Indian journal of veterinary science and animal husbandry - Volume 2,
Year: 1932
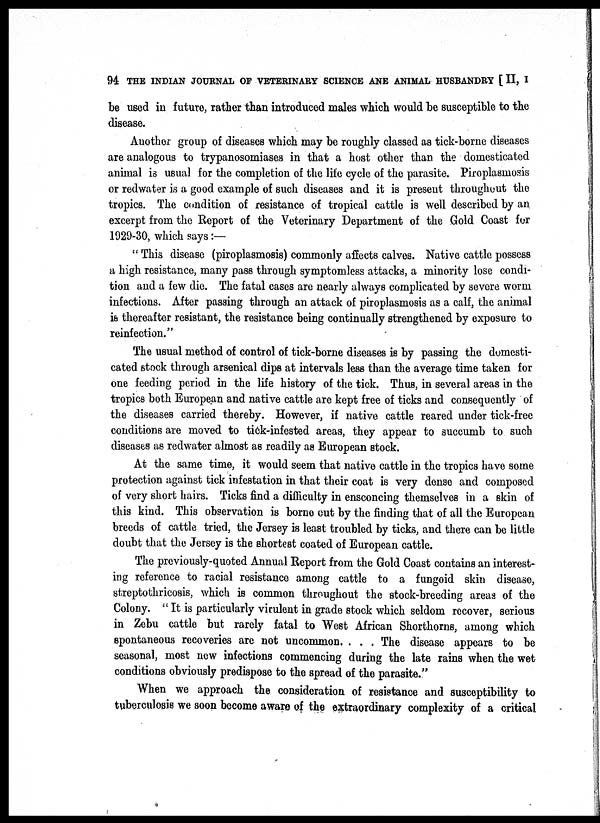
94 THE INDIAN JOURNAL OF VETERINARY SCIENCE ANE ANIMAL HUSBANDRY [ II, I
be used in future, rather than introduced males which would be susceptible to the
disease.
Another group of diseases which may be roughly classed as tick-borne diseases
are analogous to trypanosomiases in that a host other than the domesticated
animal is usual for the completion of the life cycle of the parasite. Piroplasmosis
or redwater is a good example of such diseases and it is present throughout the
tropics. The condition of resistance of tropical cattle is well described by an
excerpt from the Report of the Veterinary Department of the Gold Coast for
1929-30, which says :—
" This disease (Piroplasmosis) commonly affects calves. Native cattle possess
a high resistance, many pass through symptomless attacks, a minority lose condi-
tion and a few die. The fatal cases are nearly always complicated by severe worm
infections. After passing through an attack of Piroplasmosis as a calf, the animal
is thereafter resistant, the resistance being continually strengthened by exposure to
reinfection."
The usual method of control of tick-borne diseases is by passing the domesti-
cated stock through arsenical dips at intervals less than the average time taken for
one feeding period in the life history of the tick. Thus, in several areas in the
tropics both European and native cattle are kept free of ticks and consequently of
the diseases carried thereby. However, if native cattle reared under tick-free
conditions are moved to tick-infested areas, they appear to succumb to such
diseases as redwater almost as readily as European stock.
At the same time, it would seem that native cattle in the tropics have some
protection against tick infestation in that their coat is very dense and composed
of very short hairs. Ticks find a difficulty in ensconcing themselves in a skin of
this kind. This observation is borne out by the finding that of all the European
breeds of cattle tried, the Jersey is least troubled by ticks, and there can be little
doubt that the Jersey is the shortest coated of European cattle.
The previously-quoted Annual Report from the Gold Coast contains an interest-
ing reference to racial resistance among cattle to a fungoid skin disease,
streptothricosis, which is common throughout the stock-breeding areas of the
Colony. " It is particularly virulent in grade stock which seldom recover, serious
in Zebu cattle but rarely fatal to West African Shorthorns, among which
spontaneous recoveries are not uncommon. . . . The disease appears to be
seasonal, most new infections commencing during the late rains when the wet
conditions obviously predispose to the spread of the parasite."
When we approach the consideration of resistance and susceptibility to
tuberculosis we soon become aware of the extraordinary complexity of a critical